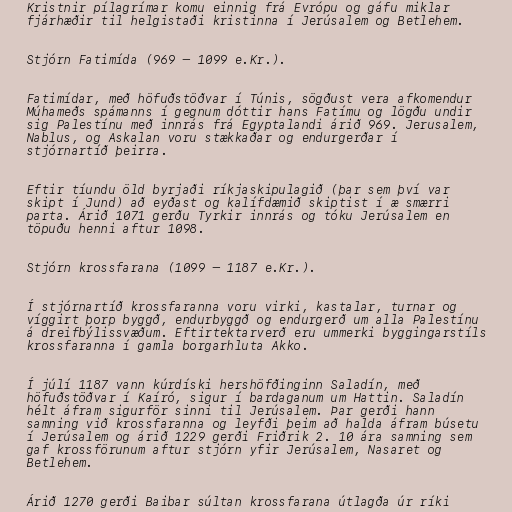
Kristnir pílagrímar komu einnig frá Evrópu og gáfu miklar
fjárhæðir til helgistaði kristinna í Jerúsalem og Betlehem.

Stjórn Fatimída (969 – 1099 e.Kr.).

Fatimídar, með höfuðstöðvar í Túnis, sögðust vera afkomendur
Múhameðs spámanns í gegnum dóttir hans Fatímu og lögðu undir
sig Palestínu með innrás frá Egyptalandi árið 969. Jerusalem,
Nablus, og Askalan voru stækkaðar og endurgerðar í
stjórnartíð þeirra.

Eftir tíundu öld byrjaði ríkjaskipulagið (þar sem því var
skipt í Jund) að eyðast og kalífdæmið skiptist í æ smærri
parta. Árið 1071 gerðu Tyrkir innrás og tóku Jerúsalem en
töpuðu henni aftur 1098.

Stjórn krossfarana (1099 – 1187 e.Kr.).

Í stjórnartíð krossfaranna voru virki, kastalar, turnar og
víggirt þorp byggð, endurbyggð og endurgerð um alla Palestínu
á dreifbýlissvæðum. Eftirtektarverð eru ummerki byggingarstíls
krossfaranna í gamla borgarhluta Akko.

Í júlí 1187 vann kúrdíski hershöfðinginn Saladín, með
höfuðstöðvar í Kaíró, sigur í bardaganum um Hattin. Saladín
hélt áfram sigurför sinni til Jerúsalem. Þar gerði hann
samning við krossfaranna og leyfði þeim að halda áfram búsetu
í Jerúsalem og árið 1229 gerði Friðrik 2. 10 ára samning sem
gaf krossförunum aftur stjórn yfir Jerúsalem, Nasaret og
Betlehem.

Árið 1270 gerði Baibar súltan krossfarana útlagða úr ríki